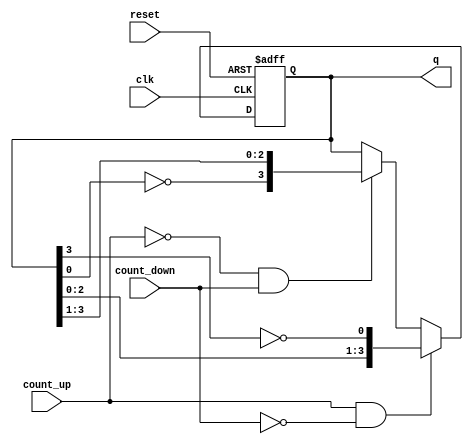
module bidirectional_johnson_counter (
    input wire clk,          // Clock input
    input wire reset,        // Asynchronous reset
    input wire count_up,     // Count Up control signal
    input wire count_down,   // Count Down control signal
    output reg [N-1:0] q     // Counter output
);
    parameter N = 4; // Number of flip-flops (adjust as needed)

    // Internal state
    reg [N-1:0] state;

    always @(posedge clk or posedge reset) begin
        if (reset) begin
            state <= 0; // Initialize state to zero on reset
        end else if (count_up && !count_down) begin
            // Counting Up: Shift right and invert the last bit for Johnson sequence
            state <= {state[N-2:0], ~state[N-1]};
        end else if (!count_up && count_down) begin
            // Counting Down: Shift left and invert the first bit for Johnson sequence
            state <= {~state[0], state[N-1:1]};
        end
    end

    // Assign the state to output
    always @(*) begin
        q = state;
    end
endmodule